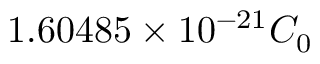
1 . 6 0 4 8 5 \times 1 0 ^ { - 2 1 } C _ { 0 }